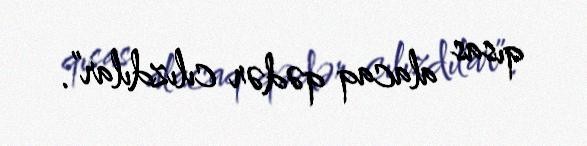
qısas alacaq qədər cılızdılar”.